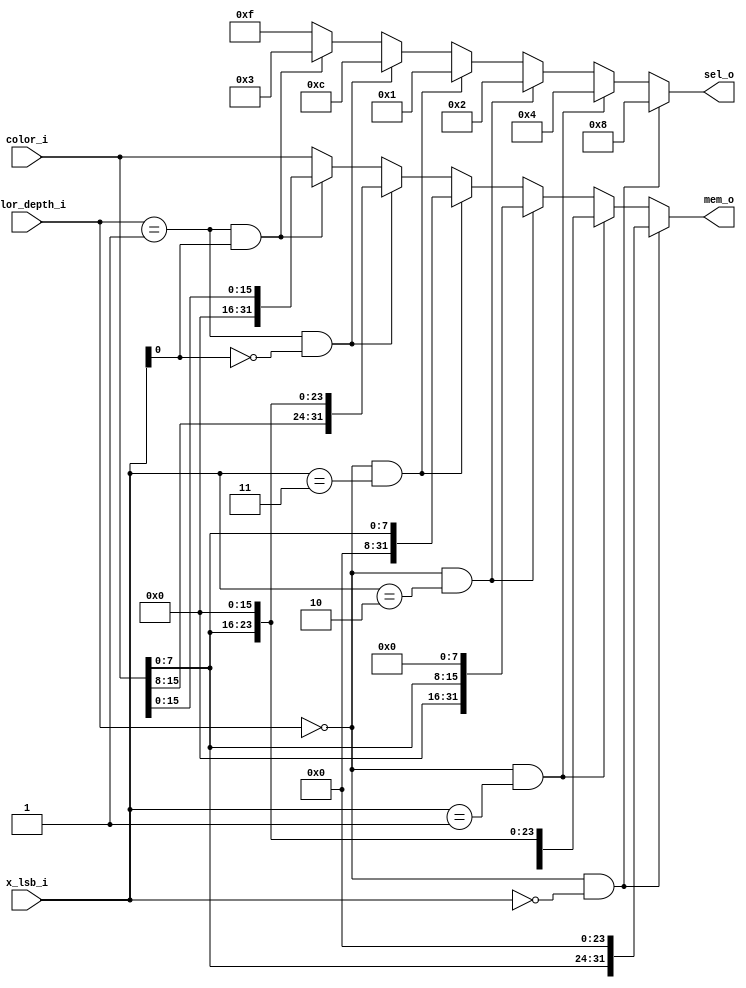
/*
ORSoC GFX accelerator core
Copyright 2012, ORSoC, Per Lenander, Anton Fosselius.

Components for aligning colored pixels to memory and the inverse

 This file is part of orgfx.

 orgfx is free software: you can redistribute it and/or modify
 it under the terms of the GNU Lesser General Public License as published by
 the Free Software Foundation, either version 3 of the License, or
 (at your option) any later version. 

 orgfx is distributed in the hope that it will be useful,
 but WITHOUT ANY WARRANTY; without even the implied warranty of
 MERCHANTABILITY or FITNESS FOR A PARTICULAR PURPOSE.  See the
 GNU Lesser General Public License for more details.

 You should have received a copy of the GNU Lesser General Public License
 along with orgfx.  If not, see <http://www.gnu.org/licenses/>.

*/

module color_to_memory(color_depth_i, color_i, x_lsb_i,
                       mem_o, sel_o);

input  [1:0]  color_depth_i;
input  [31:0] color_i;
input  [1:0]  x_lsb_i;
output [31:0] mem_o;
output [3:0]  sel_o;

assign sel_o = (color_depth_i == 2'b00) && (x_lsb_i == 2'b00) ? 4'b1000 : // 8-bit
               (color_depth_i == 2'b00) && (x_lsb_i == 2'b01) ? 4'b0100 : // 8-bit
               (color_depth_i == 2'b00) && (x_lsb_i == 2'b10) ? 4'b0010 : // 8-bit
               (color_depth_i == 2'b00) && (x_lsb_i == 2'b11) ? 4'b0001 : // 8-bit
               (color_depth_i == 2'b01) && (x_lsb_i[0] == 1'b0)  ? 4'b1100  : // 16-bit, high word
               (color_depth_i == 2'b01) && (x_lsb_i[0] == 1'b1)  ? 4'b0011  : // 16-bit, low word
               4'b1111; // 32-bit

assign mem_o = (color_depth_i == 2'b00) && (x_lsb_i == 2'b00) ? {color_i[7:0], 24'h000000} : // 8-bit
               (color_depth_i == 2'b00) && (x_lsb_i == 2'b01) ? {color_i[7:0], 16'h0000}   : // 8-bit
               (color_depth_i == 2'b00) && (x_lsb_i == 2'b10) ? {color_i[7:0], 8'h00}      : // 8-bit
               (color_depth_i == 2'b00) && (x_lsb_i == 2'b11) ? {color_i[7:0]}             : // 8-bit
               (color_depth_i == 2'b01) && (x_lsb_i[0] == 1'b0)  ? {color_i[15:0], 16'h0000}   : // 16-bit, high word
               (color_depth_i == 2'b01) && (x_lsb_i[0] == 1'b1)  ? {color_i[15:0]}             : // 16-bit, low word
               color_i; // 32-bit

endmodule

module memory_to_color(color_depth_i, mem_i, mem_lsb_i,
                       color_o, sel_o);

input  [1:0]  color_depth_i;
input  [31:0] mem_i;
input  [1:0]  mem_lsb_i;
output [31:0] color_o;
output [3:0]  sel_o;

assign sel_o = color_depth_i == 2'b00 ? 4'b0001 : // 8-bit
               color_depth_i == 2'b01 ? 4'b0011 : // 16-bit, low word
               4'b1111; // 32-bit

assign color_o = (color_depth_i == 2'b00) && (mem_lsb_i == 2'b00) ? {mem_i[31:24]} : // 8-bit
                 (color_depth_i == 2'b00) && (mem_lsb_i == 2'b01) ? {mem_i[23:16]} : // 8-bit
                 (color_depth_i == 2'b00) && (mem_lsb_i == 2'b10) ? {mem_i[15:8]}  : // 8-bit
                 (color_depth_i == 2'b00) && (mem_lsb_i == 2'b11) ? {mem_i[7:0]}   : // 8-bit
                 (color_depth_i == 2'b01) && (mem_lsb_i[0] == 1'b0)  ? {mem_i[31:16]} : // 16-bit, high word
                 (color_depth_i == 2'b01) && (mem_lsb_i[0] == 1'b1)  ? {mem_i[15:0]}  : // 16-bit, low word
                 mem_i; // 32-bit

endmodule